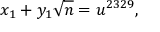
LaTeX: x _ { 1 } + y _ { 1 } { \sqrt { n } } = u ^ { 2 3 2 9 } ,